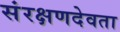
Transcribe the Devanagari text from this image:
संरक्षणदेवता